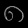
Digit: ၈